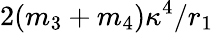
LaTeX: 2(m_{3}+m_{4})\kappa^{4}/r_{1}